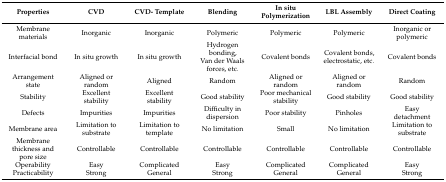
| Properties | CVD | CVD- Template | Blending | In situ Polymerization | LBL Assembly | Direct Coating |
 | --- | --- | --- | --- | --- | --- | --- |
 | Membrane materials | Inorganic | Inorganic | Polymeric | Polymeric | Polymeric | Inorganic or polymeric |
 | Interfacial bond | In situ growth | In situ growth | Hydrogen bonding, Van der Waals forces, etc. | Covalent bonds | Covalent bonds, electrostatic, etc. | Covalent bonds |
 | Arrangement state | Aligned or random | Aligned | Random | Aligned or random | Aligned or random | Random |
 | Stability | Excellent stability | Excellent stability | Good stability | Poor mechanical stability | Good stability | Good stability |
 | Defects | Impurities | Impurities | Difficulty in dispersion | Poor stability | Pinholes | Easy detachment |
 | Membrane area | Limitation to substrate | Limitation to template | No limitation | Small | No limitation | Limitation to substrate |
 | Membrane thickness and pore size | Controllable | Controllable | Controllable | Controllable | Controllable | Controllable |
 | Operability | Easy | Complicated | Easy | Complicated | Complicated | Easy |
 | Practicability | Strong | General | Strong | General | General | Strong |